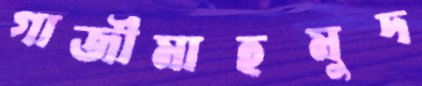
গাজীমাহমুদ